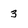
Character: 3